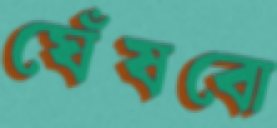
ঘেঁষবো